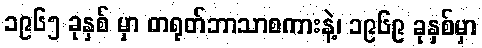
၁၉၆၅ ခုနှစ် မှာ တရုတ်ဘာသာစကားနဲ့၊ ၁၉၆၉ ခုနှစ်မှာ